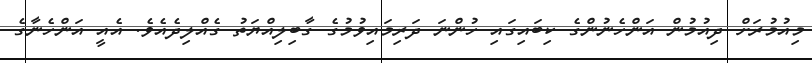
މިއުމުރަށް ދިއުމުން އަންހެނުންގެ ކިބައިގައި ހުންނަ ދަރިމައިވުމުގެ ގާބިލިއްޔަތު ގެއްލިދެއެވެ. އެއީ އަންހެނާގެ